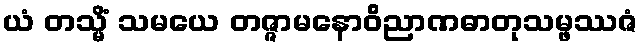
ယံ တသ္မိံ သမယေ တဇ္ဇာမနောဝိညာဏဓာတုသမ္ဖဿဇံ